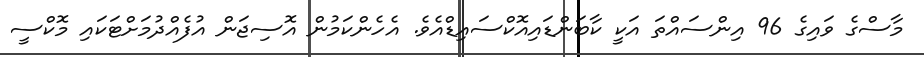
މާސްގެ ވައިގެ 96 އިންސައްތަ އަކީ ކާބަންޑައިއޮކްސައިޑްއެވެ. އެހެންކަމުން އޮސިޖަން އުފެއްދުމަށްޓަކައި މޮކްސީ